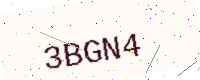
Text: 3BGN4